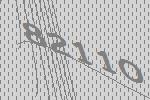
82110